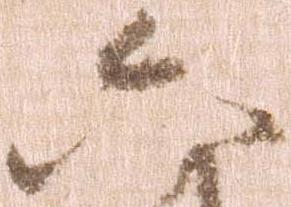
六